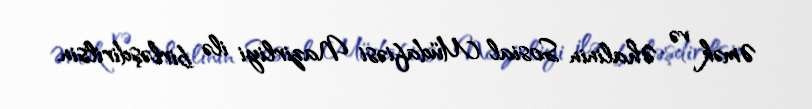
Əmək və Əhalinin Sosial Müdafiəsi Nazirliyi ilə birləşdirilsin.